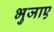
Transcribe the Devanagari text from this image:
भुजाए